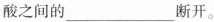
酸之间的___断开。